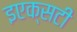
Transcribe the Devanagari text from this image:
इएक्सटी